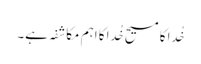
خُدا کا مسیح خُدا کا اہم مکاشفہ ہے۔